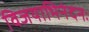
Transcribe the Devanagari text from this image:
विजयाभिनंदनः